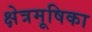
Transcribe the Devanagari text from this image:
क्षेत्रमूषिका